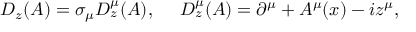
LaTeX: D _ { z } ( A ) = \sigma _ { \mu } D _ { z } ^ { \mu } ( A ) , ~ ~ ~ ~ D _ { z } ^ { \mu } ( A ) = \partial ^ { \mu } + A ^ { \mu } ( x ) - i z ^ { \mu } ,